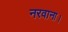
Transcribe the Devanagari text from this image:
नरवाना।